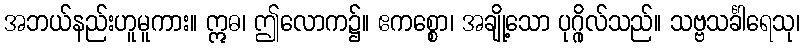
အဘယ်နည်းဟူမူကား။ ဣဓ၊ ဤလောက၌။ ဧကစ္စော၊ အချို့သော ပုဂ္ဂိုလ်သည်။ သဗ္ဗသင်္ခါရေသု၊